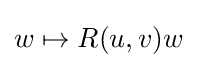
w\mapsto R(u,v)w